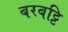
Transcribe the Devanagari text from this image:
बरबट्टि